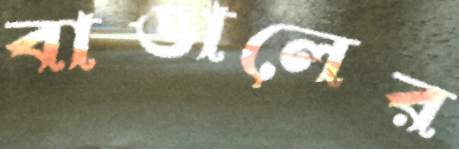
বাঙালের